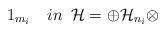
LaTeX: \begin{align*}1_{m_{i}}\,\,\,\,\,\,in\,\,\,\mathcal{H}=\oplus \mathcal{H}_{n_{i}}\otimes \end{align*}